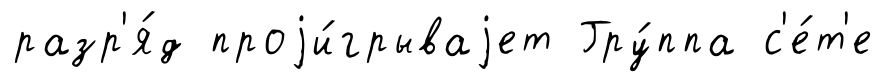
разр'я́д проjи́грываjет Гру́ппа с'е́т'е